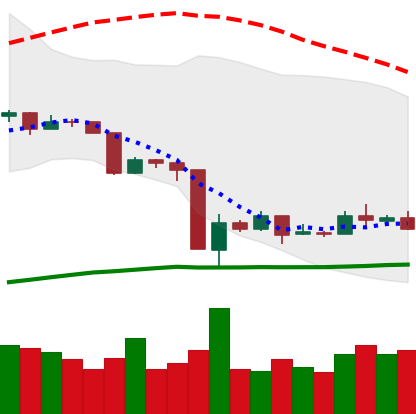
Ticker: ETC-USD
Chart end date: 2020-03-22
Forward return: 8.704%
Label: up_7plus